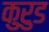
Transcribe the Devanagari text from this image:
कुरुड